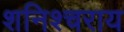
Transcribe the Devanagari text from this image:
शनिश्चराय